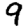
Digit: 9